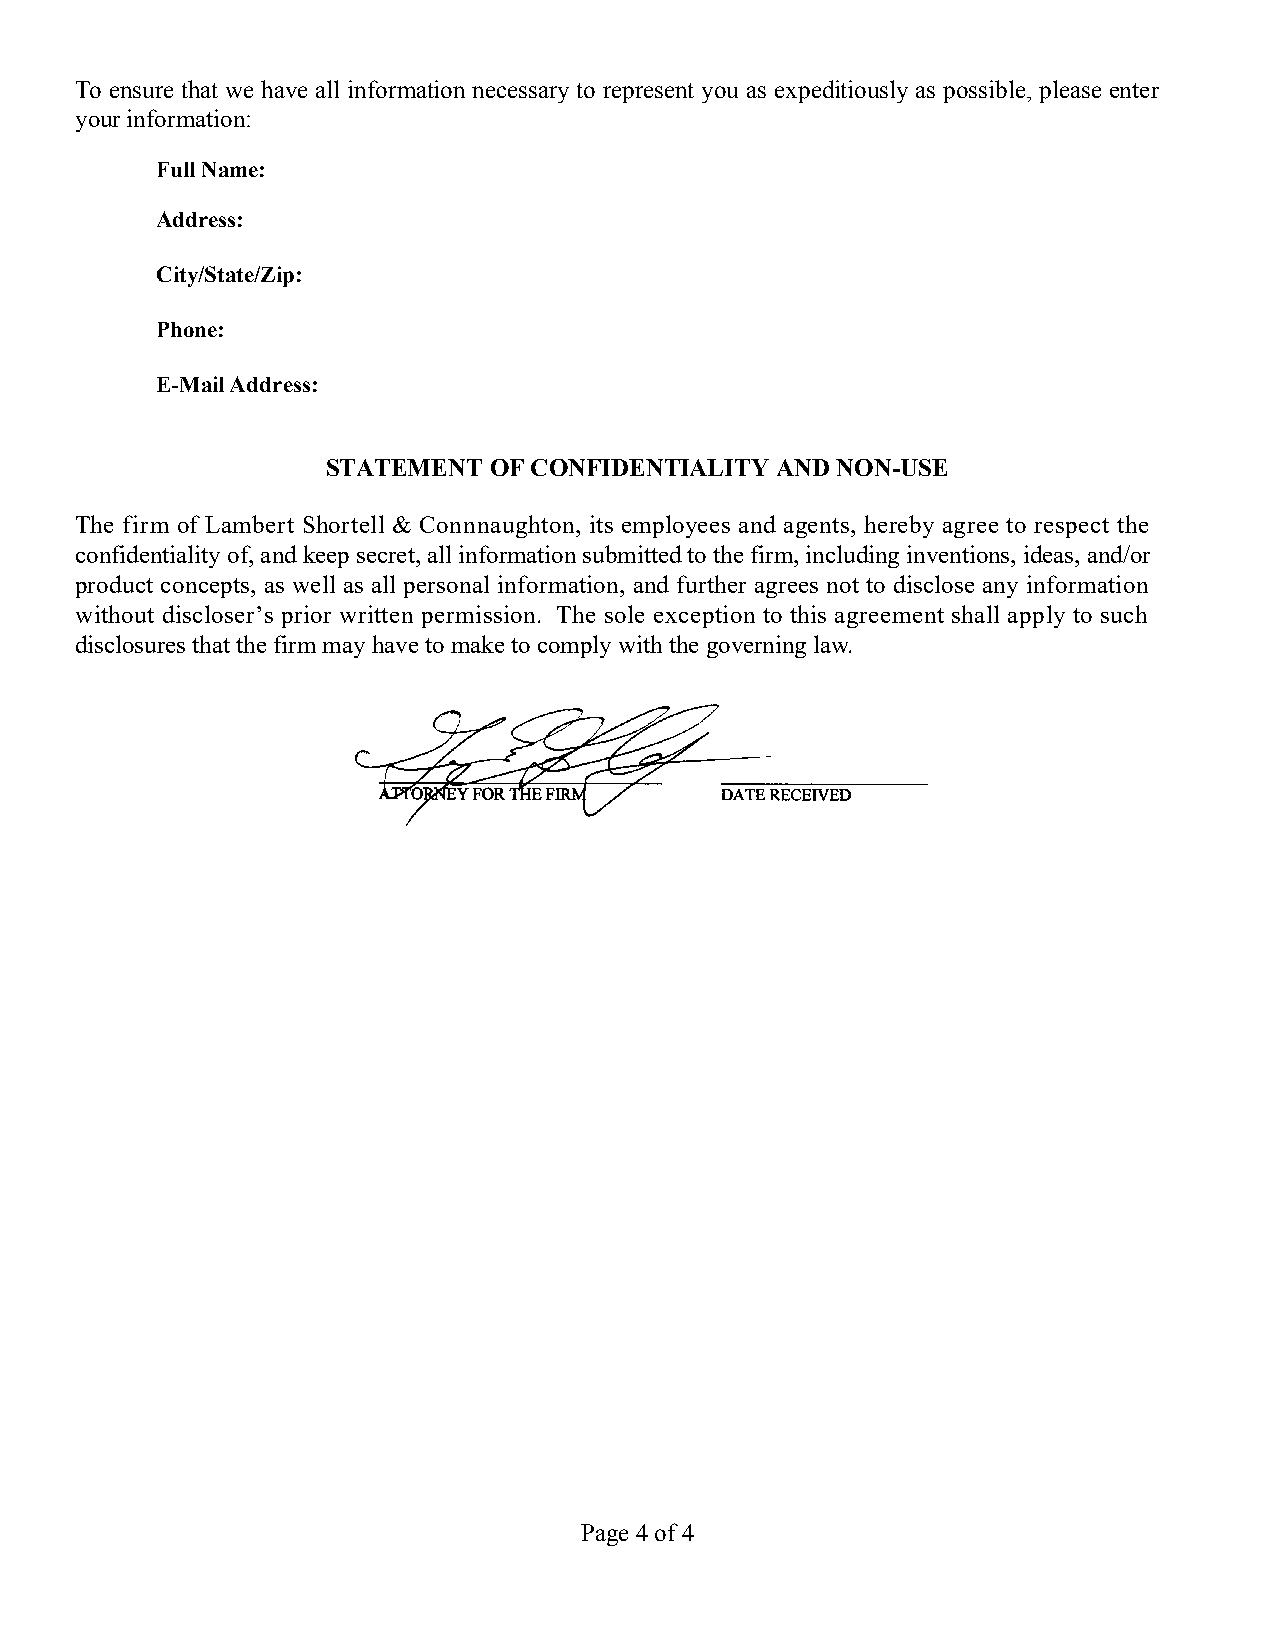
To ensure that we have all information necessary to represent you as expeditiously as possible, please enter
 your information:
 Full Name:
 Address:
 City/State/Zip:
 Phone:
 E-Mail Address:
 STATEMENT OF CONFIDENTIALITY AND NON-USE
 The firm of Lambert Shortell & Connnaughton, its employees and agents, hereby agree to respect the
 confidentiality of, and keep secret, all information submitted to the firm, including inventions, ideas, and/or
 product concepts, as well as all personal information, and further agrees not to disclose any information
 without discloser’s prior written permission. The sole exception to this agreement shall apply to such
 disclosures that the firm may have to make to comply with the governing law.
 Page 4 of 4